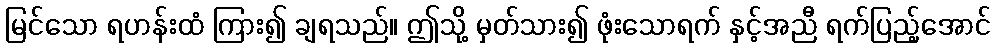
မြင်သော ရဟန်းထံ ကြား၍ ချရသည်။ ဤသို့ မှတ်သား၍ ဖုံးသောရက် နှင့်အညီ ရက်ပြည့်အောင်